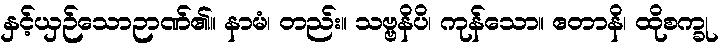
နှင့်ယှဉ်သောဉာဏ်၏။ နာမံ၊ တည်း။ သဗ္ဗနိပိ၊ ကုန်သော။ ဧတာနိ၊ ထိုစက္ခု